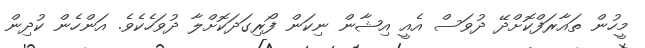
މީހުން ތައާރަފްކޮށްދޭ ދުވަސް އެއީ އިޝާން ނިކަން ފޯރިގަދަކޮށްލާ ދުވަހެކެވެ. އަންހެން ކުދިން